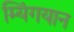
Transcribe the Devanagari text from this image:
म्यिंगयान